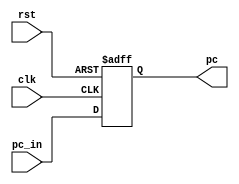
module ID_stage_reg(
    input clk, rst,
    input[31:0] pc_in,
    output reg [31:0] pc
);

    always@(posedge clk,posedge rst) begin
        if (rst )begin
            pc = 32'b0;
        end
        else begin
            pc <= pc_in;
        end
    end

endmodule